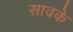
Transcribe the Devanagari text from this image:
सावके